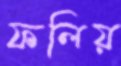
ফলিয়